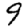
Digit: 9